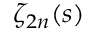
\zeta _ { 2 n } ( s )